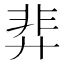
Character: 𫸝